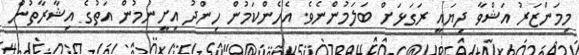
މިމަންޒަރު އަޝްވާ ދިޔައީ ރަގަޅަށް ބަލަމުންނެވެ. އެހެންކަމުން ހިންދު އިށީނުމުން އަތުގެ އިޝާރާތުން